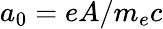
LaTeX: a_{0}=eA/m_{e}c